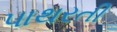
પાથરતી